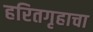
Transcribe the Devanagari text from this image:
हरितगृहाचा